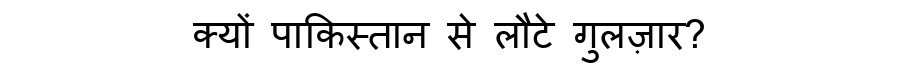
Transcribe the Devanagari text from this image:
क्यों पाकिस्तान से लौटे गुलज़ार?